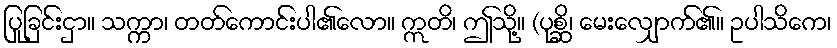
ပြုခြင်းငှာ။ သက္ကာ၊ တတ်ကောင်းပါ၏လော။ ဣတိ၊ ဤသို့။ (ပုစ္ဆိ၊ မေးလျှောက်၏။ ဥပါသိကေ၊